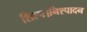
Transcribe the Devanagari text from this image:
शिल्प।निश्पादन